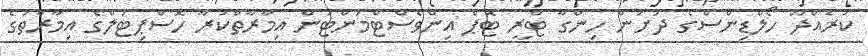
ކުރެއްދޫ ހޯލްޑިންސްގެ ދަށުން ހިންގާ ޓްރީ ޓޮޕް އިންވެސްޓްމަންޓުން އިމާރާތްކުރާ ހޮސްޕިޓަލްގެ އިމާރާތުގެ